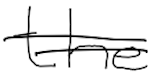
Text: the
Cross-out: double-line
Writing tool: digital_black